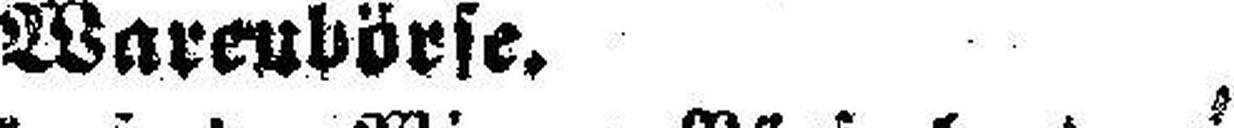
Warenbörse.